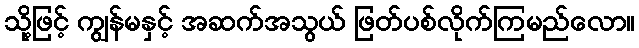
သို့ဖြင့် ကျွန်မနှင့် အဆက်အသွယ် ဖြတ်ပစ်လိုက်ကြမည်လော။